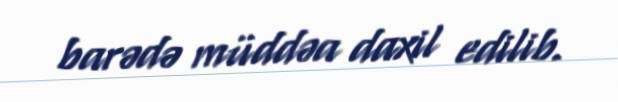
barədə müddəa daxil edilib.